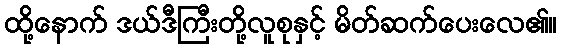
ထို့နောက် ဒယ်ဒီကြီးတို့လူစုနှင့် မိတ်ဆက်ပေးလေ၏။